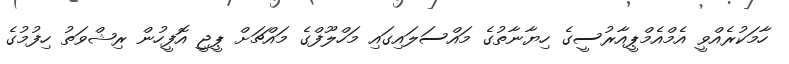
ހާމަކުރެއްވީ އެމްއެމްޕީއާރުސީގެ ހިޔާނާތުގެ މައްސަލައިގައި މަހްލޫފްގެ މައްޗަށް ޕީޖީ އޮފީހުން ރިޝްވަތު ހިފުމުގެ